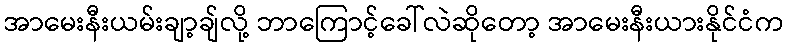
အာမေးနီးယမ်းချာ့ချ်လို့ ဘာကြောင့်ခေါ်လဲဆိုတော့ အာမေးနီးယားနိုင်ငံက